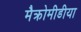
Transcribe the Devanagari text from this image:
मैक्रोमीडीया